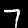
Digit: 7